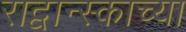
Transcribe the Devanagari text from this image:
राद्वान्स्काच्या